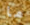
ما